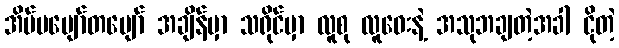
အိပ်မပျော်တပျော် အချိန်မှာ သရိုင်မှာ လူစု လူဝေးနဲ့ အသုဘချတဲ့အခါ ငိုတဲ့